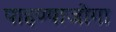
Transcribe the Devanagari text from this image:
पाहण्याजोगा